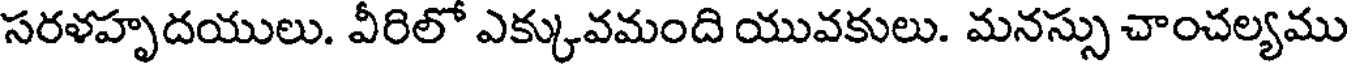
సరళహృదయులు. వీరిలో ఎక్కువమంది యువకులు. మనస్సు చాంచల్యము